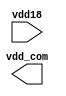
module bw_io_ddr_rptr_vddcom(vdd18,vdd_com);
input vdd18;
output vdd_com;

endmodule